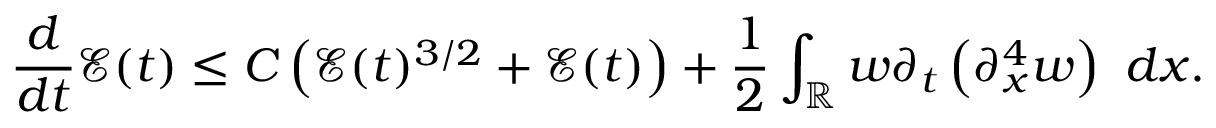
\frac { d } { d t } \mathcal { E } ( t ) \leq C \left( \mathcal { E } ( t ) ^ { 3 / 2 } + \mathcal { E } ( t ) \right) + \frac { 1 } { 2 } \int _ { \mathbb R } w \partial _ { t } \left( \partial _ { x } ^ { 4 } w \right) \ d x .